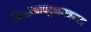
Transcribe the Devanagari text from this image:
विशाखापट्टणमवरचा